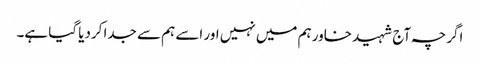
اگرچہ آج شہید خاور ہم میں نہیں اور اسے ہم سے جدا کردیا گیا ہے۔